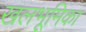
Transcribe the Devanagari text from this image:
खलभूमिका